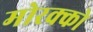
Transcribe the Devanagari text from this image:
मोरक्को